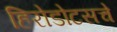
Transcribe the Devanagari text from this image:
हिरोडोटसचे